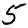
Digit: 5